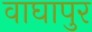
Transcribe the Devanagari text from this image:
वाघापुर